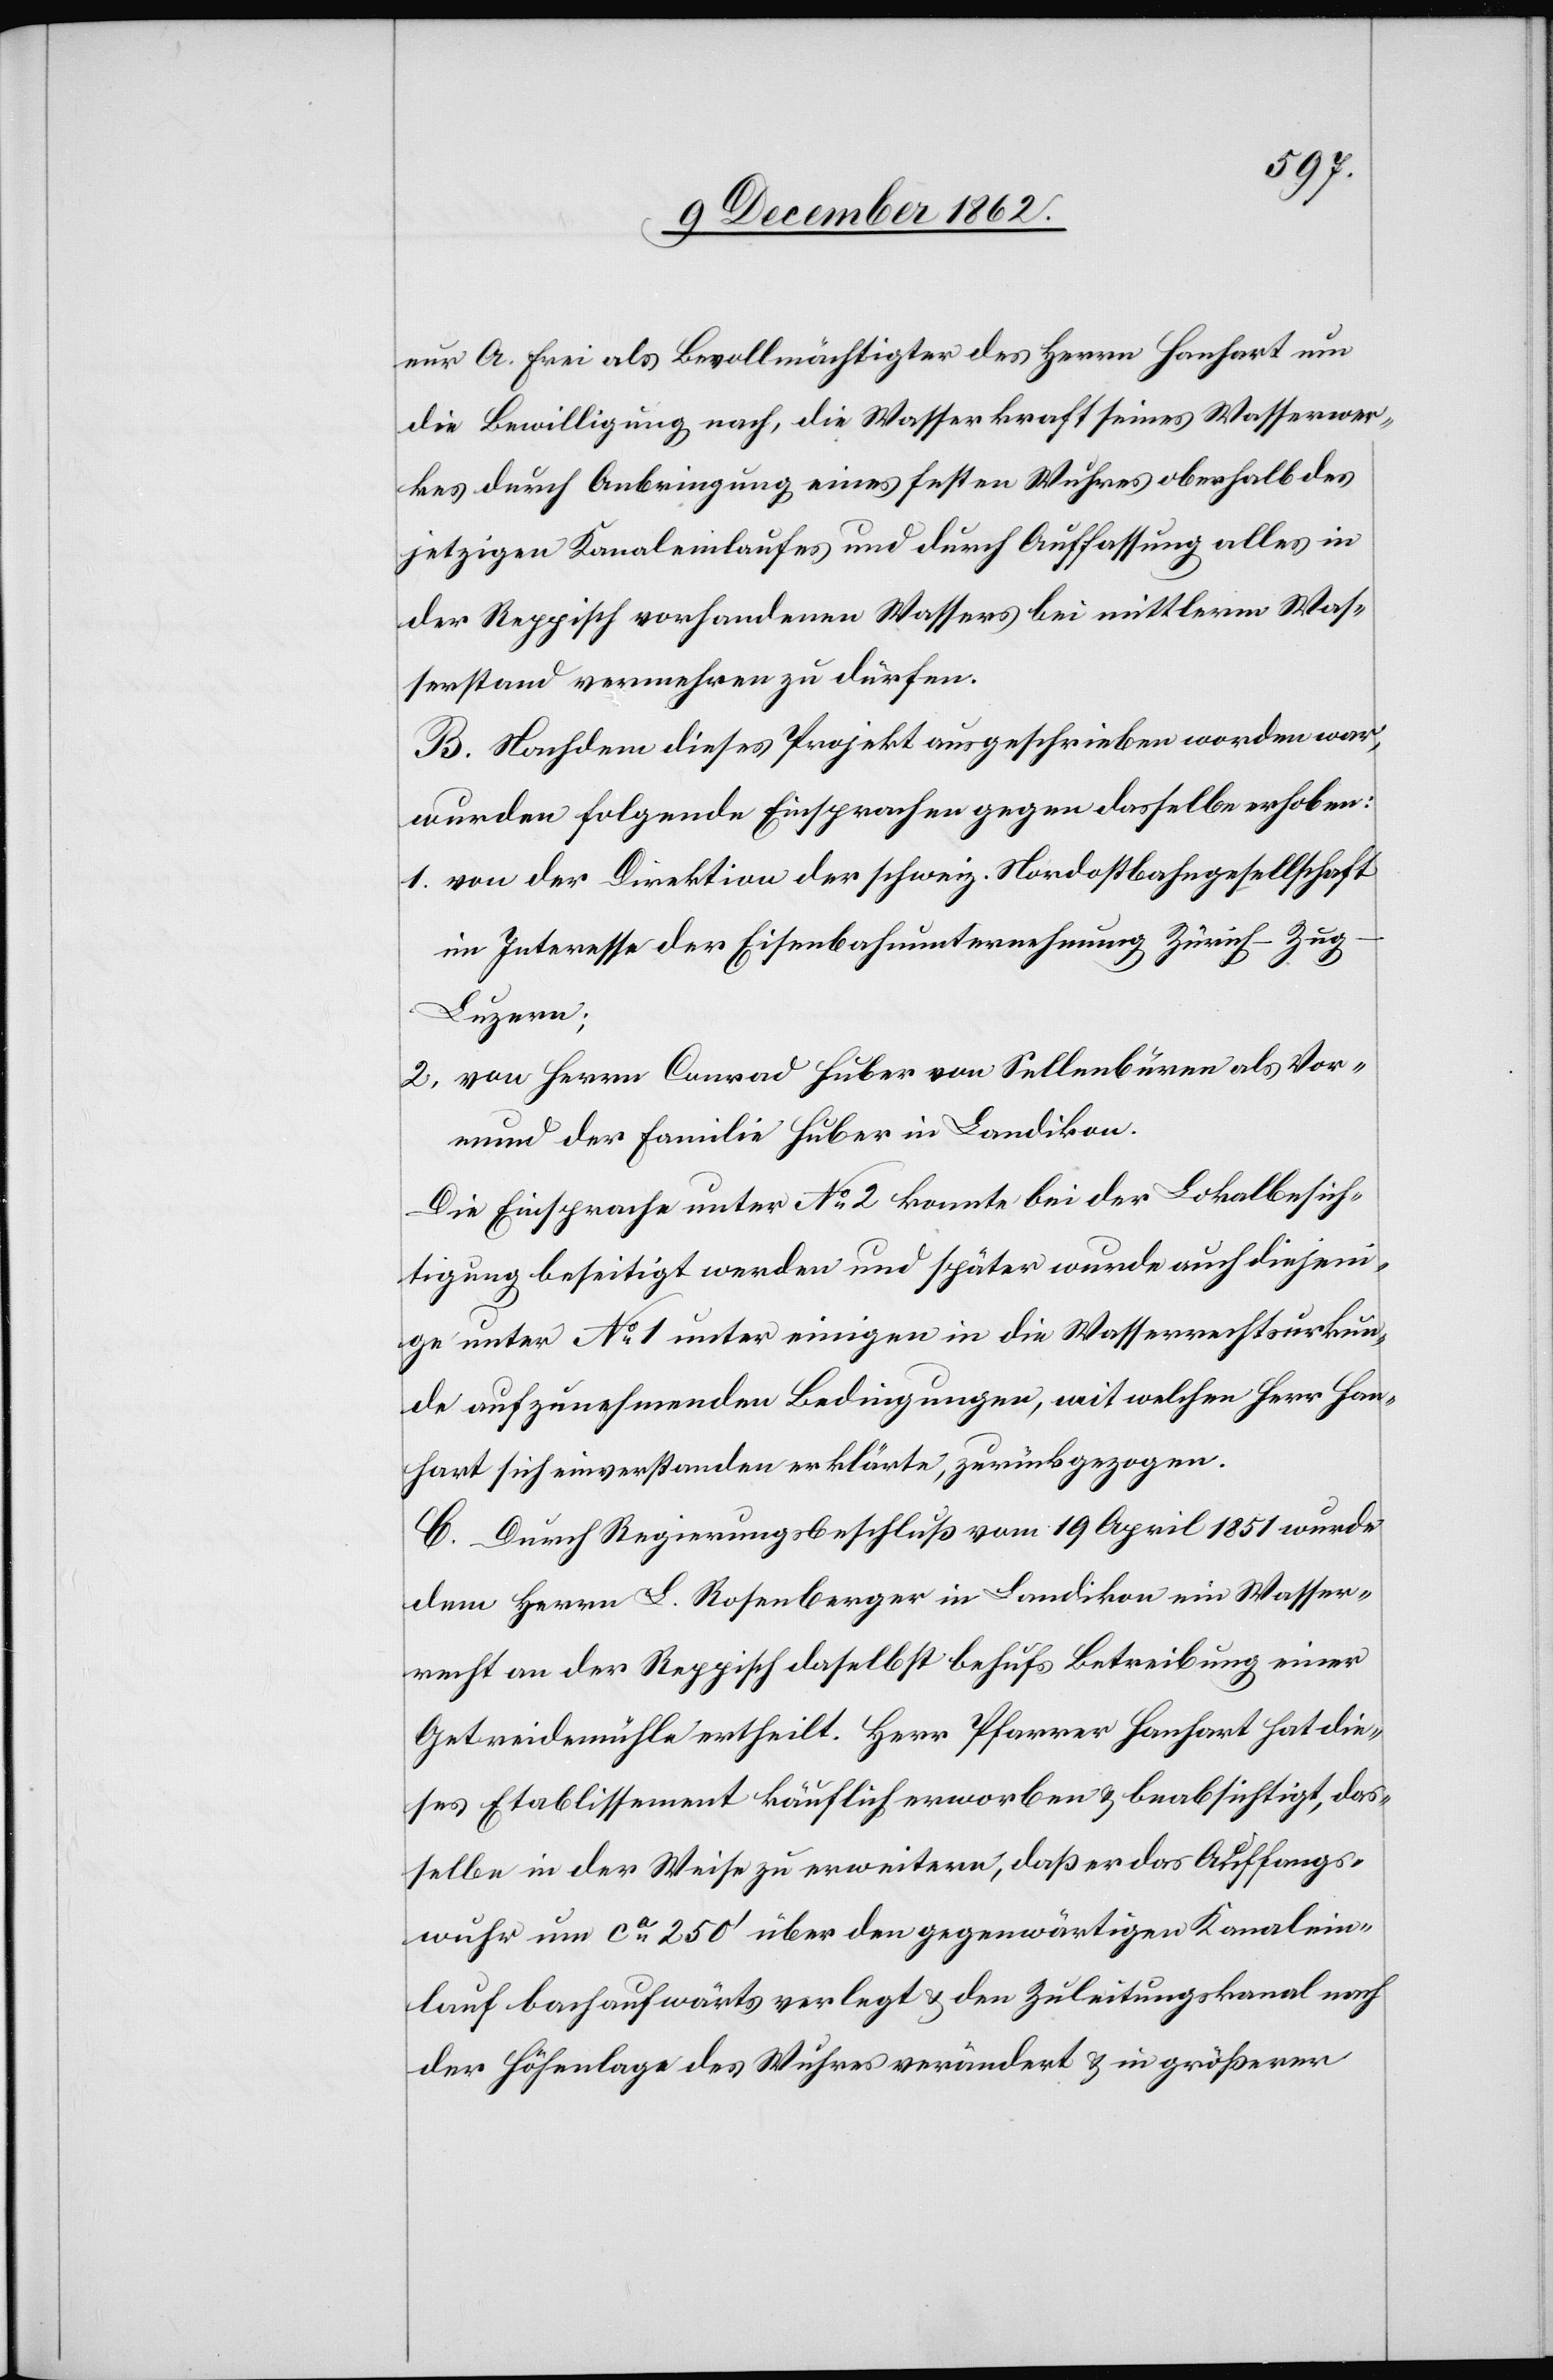
eur A. Frei als Bevöllmächtigter des Herrn Hanhart um
die Bewilligung nach, die Wasserkraft seines Wasserwer¬
kes durch Anbringung eines festen Wuhres oberhalb des
jetzigen Kanaleinlaufes und durch Auffassung alles in
der Reppisch vorhandenen Wassers bei mittlerm Was¬
serstand vermehren zu dürfen.
B. Nachdem dieses Projekt ausgeschrieben worden war,
wurden folgende Einsprachen gegen dasselbe erhoben:
1. von der Direktion der schweiz. Nordostbahngesellschaft
im Interesse der Eisenbahnunternehmung Zürich–Zug–L¬
uzern;
2. von Herrn Conrad Huber von Sellenbüren als Vor¬
mund der Familie Huber in Landikon.
Die Einsprache unter No 2 konnte bei der Lokalbesich¬
tigung beseitigt werden und später wurde auch diejeni¬
ge unter No 1 unter einigen in die Wasserrechtsurkun¬
de aufzunehmenden Bedingungen, mit welchen Herr Han¬
hart sich einverstanden erklärte, zurückgezogen.
C. Durch Regierungsbeschluß vom 19. April 1851 wurde
dem Herrn L. Rosenberger in Landikon ein Wasser¬
recht an der Reppisch daselbst behufs Betreibung einer
Getreidemühle ertheilt. Herr Pfarrer Hanhart hat die¬
ses Etablissement käuflich erworben u. beabsichtigt, das¬
selbe in der Weise zu erweitern, daß er das Auffangs¬
wuhr um ca 250’ über den gegenwärtigen Kanalein¬
lauf bachaufwärts verlegt u. den Zuleitungskanal nach
der Höhenlage des Wuhres verändert u. in größerer